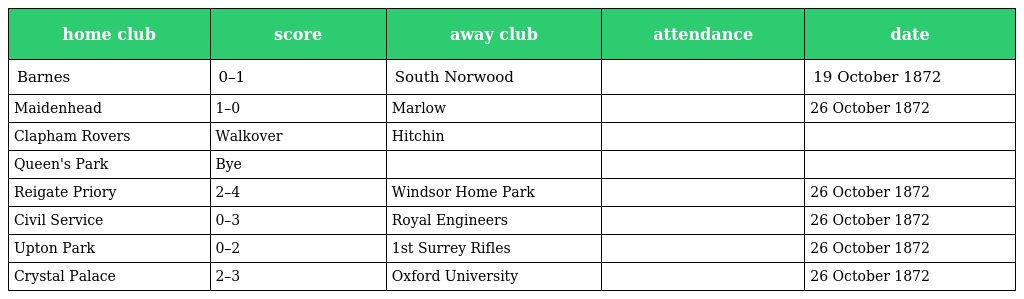
| home club | score | away club | attendance | date |
 | --- | --- | --- | --- | --- |
 | Barnes | 0–1 | South Norwood |  | 19 October 1872 |
 | Maidenhead | 1–0 | Marlow |  | 26 October 1872 |
 | Clapham Rovers | Walkover | Hitchin |  |  |
 | Queen's Park | Bye |  |  |  |
 | Reigate Priory | 2–4 | Windsor Home Park |  | 26 October 1872 |
 | Civil Service | 0–3 | Royal Engineers |  | 26 October 1872 |
 | Upton Park | 0–2 | 1st Surrey Rifles |  | 26 October 1872 |
 | Crystal Palace | 2–3 | Oxford University |  | 26 October 1872 |